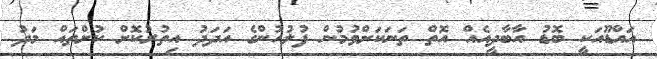
އައްޑޫއަކީ ބޮޑު އާބާދީއެއް އޮތް ތަނަކަށްވުމުން ފުލުހުންގެ އަދަދު އިތުރުކޮށް ކުށްތައް މަދު